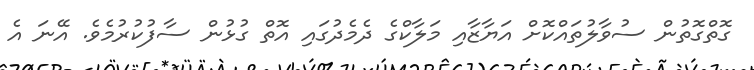
ގޮތްގޮތުން ސުވާލުތައްކޮށް އަޔާޒާއި މަލާކްގެ ދެމެދުގައި އޮތް ގުޅުން ސާފުކުރުމެވެ. އޭނަ އެ